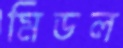
মিডল